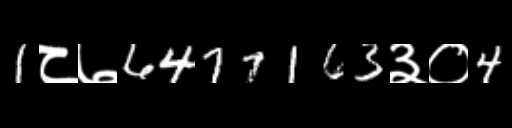
Text: 1८७6477163३०4